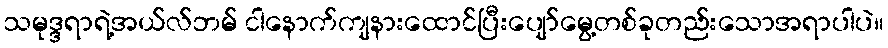
သမုဒ္ဒရာရဲ့အယ်လ်ဘမ် ငါနောက်ကျနားထောင်ပြီးပျော်မွေ့တစ်ခုတည်းသောအရာပါပဲ။